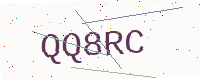
Text: QQ8RC